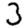
Digit: 3